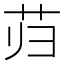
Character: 𰰮